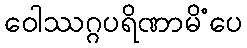
ဝေါဿဂ္ဂပရိဏာမိံပေ